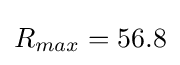
R_{max}=56.8